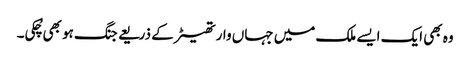
وہ بھی ایک ایسے ملک میں جہاں وار تھیٹر کے ذریعے جنگ ہو بھی چُکی۔